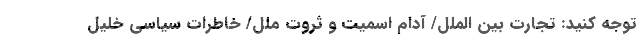
توجه کنید: تجارت بین الملل/ آدام اسمیت و ثروت ملل/ خاطرات سیاسی خلیل